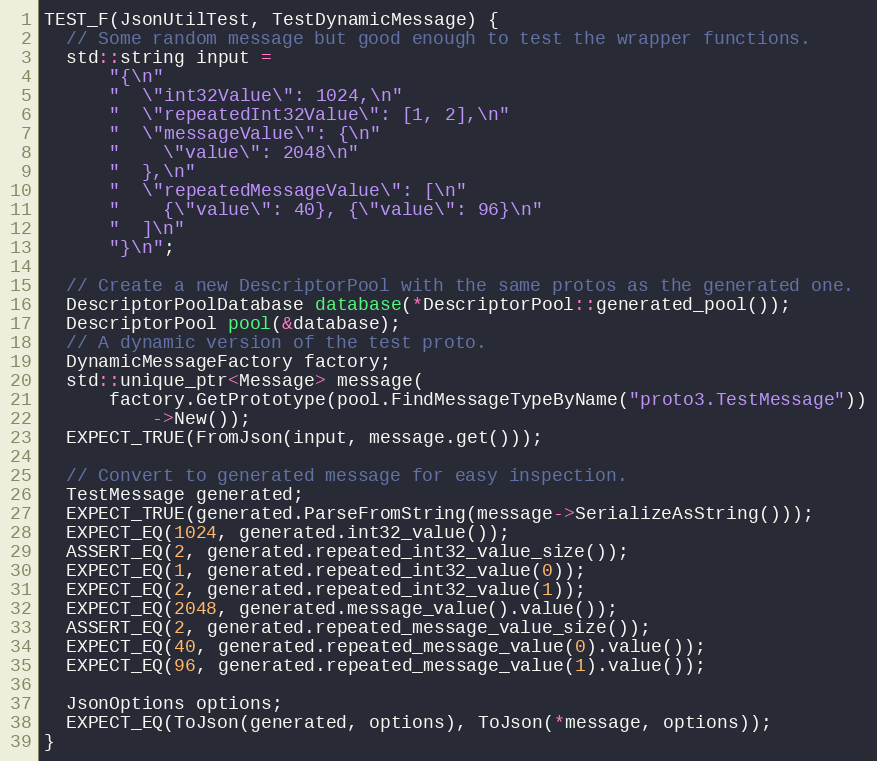
Language: C++
TEST_F(JsonUtilTest, TestDynamicMessage) {
  // Some random message but good enough to test the wrapper functions.
  std::string input =
      "{\n"
      "  \"int32Value\": 1024,\n"
      "  \"repeatedInt32Value\": [1, 2],\n"
      "  \"messageValue\": {\n"
      "    \"value\": 2048\n"
      "  },\n"
      "  \"repeatedMessageValue\": [\n"
      "    {\"value\": 40}, {\"value\": 96}\n"
      "  ]\n"
      "}\n";

  // Create a new DescriptorPool with the same protos as the generated one.
  DescriptorPoolDatabase database(*DescriptorPool::generated_pool());
  DescriptorPool pool(&database);
  // A dynamic version of the test proto.
  DynamicMessageFactory factory;
  std::unique_ptr<Message> message(
      factory.GetPrototype(pool.FindMessageTypeByName("proto3.TestMessage"))
          ->New());
  EXPECT_TRUE(FromJson(input, message.get()));

  // Convert to generated message for easy inspection.
  TestMessage generated;
  EXPECT_TRUE(generated.ParseFromString(message->SerializeAsString()));
  EXPECT_EQ(1024, generated.int32_value());
  ASSERT_EQ(2, generated.repeated_int32_value_size());
  EXPECT_EQ(1, generated.repeated_int32_value(0));
  EXPECT_EQ(2, generated.repeated_int32_value(1));
  EXPECT_EQ(2048, generated.message_value().value());
  ASSERT_EQ(2, generated.repeated_message_value_size());
  EXPECT_EQ(40, generated.repeated_message_value(0).value());
  EXPECT_EQ(96, generated.repeated_message_value(1).value());

  JsonOptions options;
  EXPECT_EQ(ToJson(generated, options), ToJson(*message, options));
}